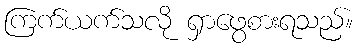
ကြက်ယက်သလို ရှာဖွေစားရသည်။